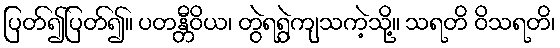
ပြတ်၍ပြတ်၍။ ပတန္တီဝိယ၊ တွဲရရွဲကျသကဲ့သို့။ သရတိ ဝိသရတိ၊